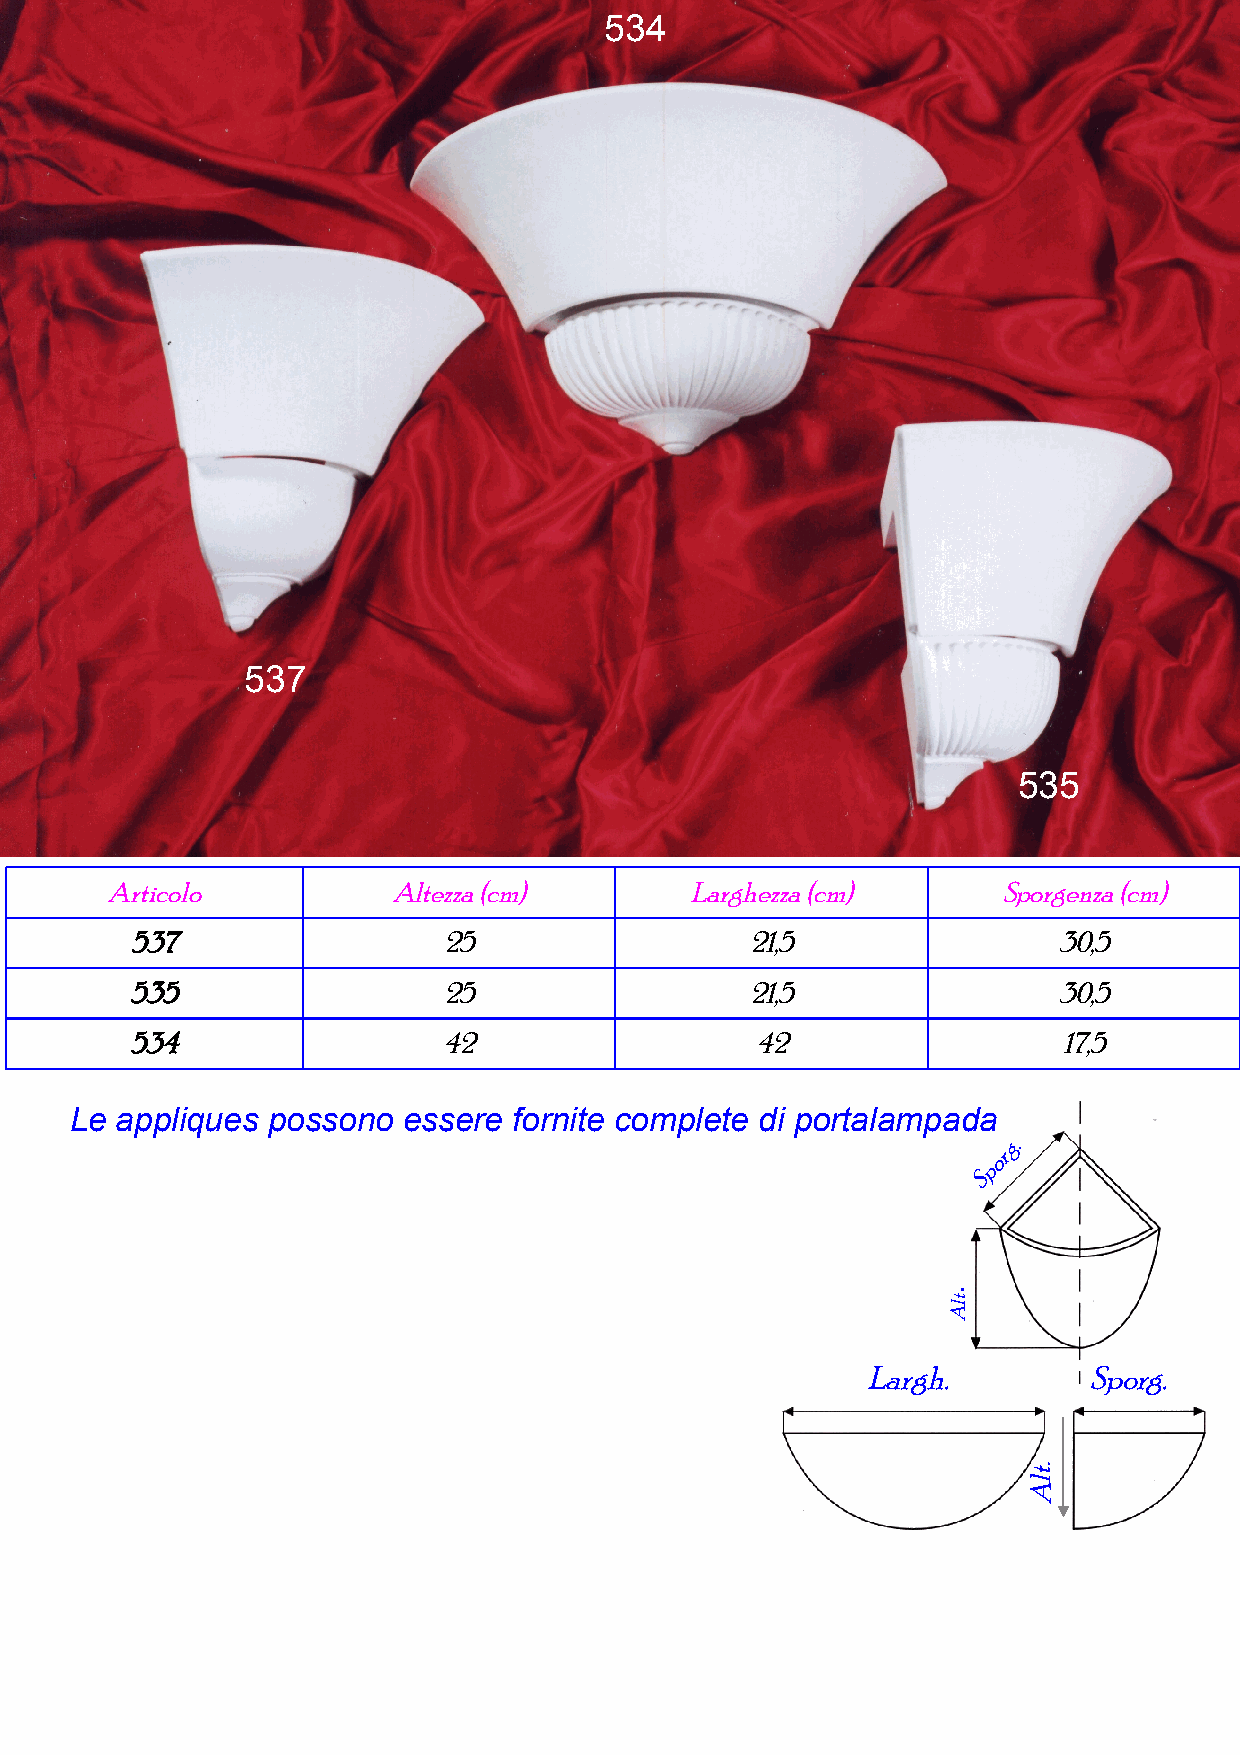
534
 537
 535
 Articolo           Altezza (cm)        Larghezza (cm)      Sporgenza (cm)
 537                 25                   21,5                30,5
 535                 25                   21,5                30,5
 534                 42                   42                  17,5
 Le appliques possono  essere fornite complete di portalampada
 g.
 or
 p
 S
 .
 Largh.         Sporg.
 tlA
 .tlA